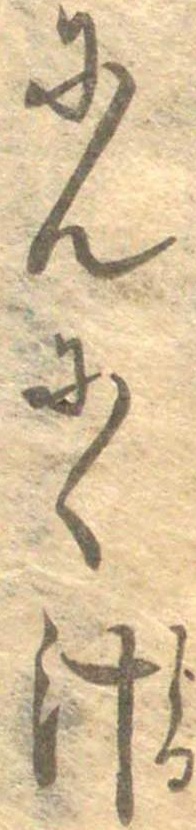
にんにく汁